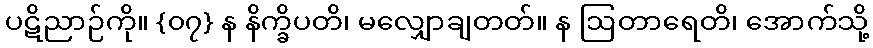
ပဋိညာဉ်ကို။ {၀၇} န နိက္ခိပတိ၊ မလျှောချတတ်။ န ဩတာရေတိ၊ အောက်သို့